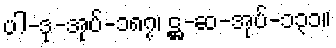
ပါ-ဒု-အုပ်-၁၈၇၊ ဋ္ဌ-ဆ-အုပ်-၁၃၁။